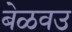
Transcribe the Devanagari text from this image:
बेळवउ